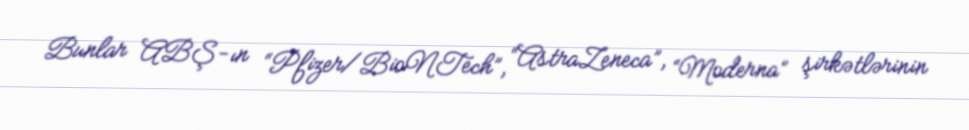
Bunlar ABŞ-ın “Pfizer/BioNTech”, “AstraZeneca”, “Moderna” şirkətlərinin